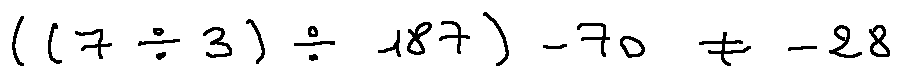
( ( 7 \div 3 ) \div 1 8 7 ) - 7 0 \neq - 2 8